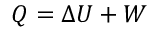
Q = \Delta U + W